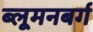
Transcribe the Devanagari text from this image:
ब्लूमनबर्ग